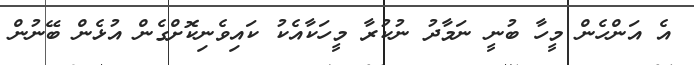
އެ އަންހެން މީހާ ބުނީ ނަމާދު ނުކުރާ މީހަކާއެކު ކައިވެނިކޮށްގެން އުޅެން ބޭނުން